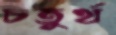
চতুর্থ